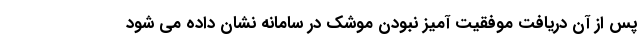
پس از آن دریافت موفقیت آمیز نبودن موشک در سامانه نشان داده می شود